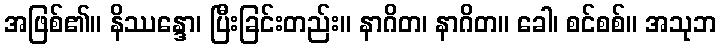
အဖြစ်၏။ နိဿန္ဒော၊ ပြီးခြင်းတည်း။ နာဂိတ၊ နာဂိတ။ ခေါ၊ စင်စစ်။ အသုဘ